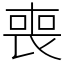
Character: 喪